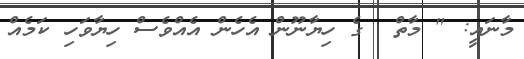
މާނައީ: " މާތް  ގެ ހިޔާނޫން އެހެން އެއްވެސް ހިޔާވަހި ކަމެއް